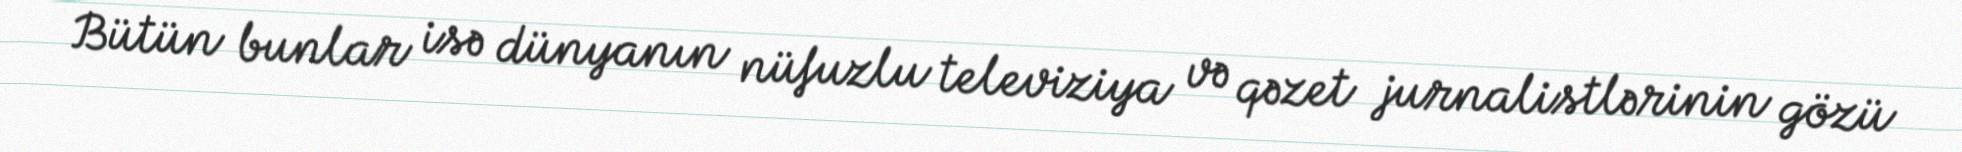
Bütün bunlar isə dünyanın nüfuzlu televiziya və qəzet jurnalistlərinin gözü